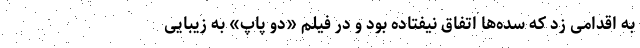
به اقدامی زد که سده‌ها اتفاق نیفتاده بود و در فیلم «دو پاپ» به زیبایی